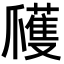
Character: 𭶹